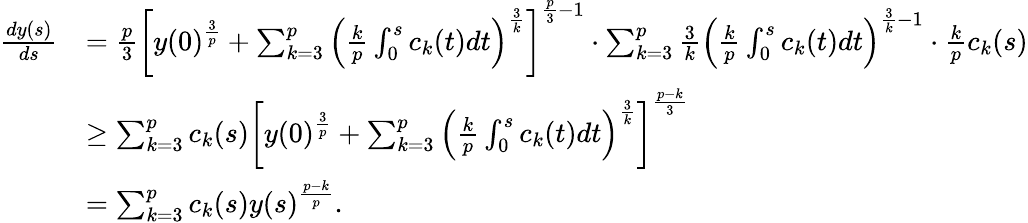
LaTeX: \begin{array}{rl}{\frac{dy(s)}{ds}}&{=\frac{p}{3}\left[y(0)^{\frac{3}{p}}+\sum_{k=3}^{p}\left(\frac{k}{p}\int_{0}^{s}c_{k}(t)dt\right)^{\frac{3}{k}}\right]^{\frac{p}{3}-1}\cdot\sum_{k=3}^{p}\frac{3}{k}\left(\frac{k}{p}\int_{0}^{s}c_{k}(t)dt\right)^{\frac{3}{k}-1}\cdot\frac{k}{p}c_{k}(s)}\\ &{\ge\sum_{k=3}^{p}c_{k}(s)\left[y(0)^{\frac{3}{p}}+\sum_{k=3}^{p}\left(\frac{k}{p}\int_{0}^{s}c_{k}(t)dt\right)^{\frac{3}{k}}\right]^{\frac{p-k}{3}}}\\ &{=\sum_{k=3}^{p}c_{k}(s)y(s)^{\frac{p-k}{p}}.}\end{array}